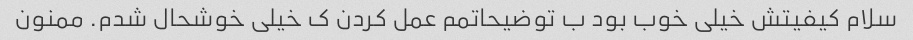
سلام کیفیتش خیلی خوب بود ب توضیحاتمم عمل کردن ک خیلی خوشحال شدم. ممنون